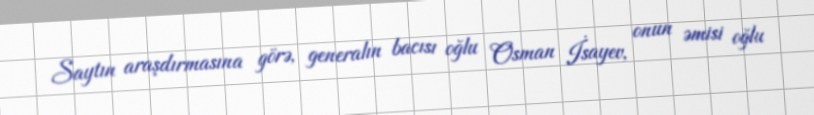
Saytın araşdırmasına görə, generalın bacısı oğlu Osman İsayev, onun əmisi oğlu